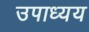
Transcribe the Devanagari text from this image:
उपाध्यय